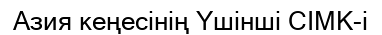
Азия кеңесінің Үшінші СІМК-і